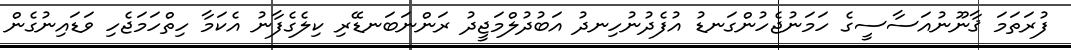
ފުރަތަމަ ޤާނޫނުއަސާސީގެ ހަމަނުޖެހުންގަނޑު އުފެދުނުހިނދު އަބުދުލްމަޖީދު ރަންނަބަނޑޭރި ކިލެގެފާނު އެކަމާ ހިތްހަމަޖެހި ވަޑައިނުގެން